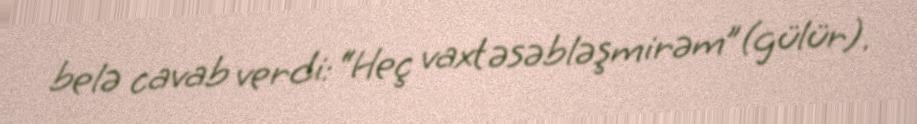
belə cavab verdi: “Heç vaxt əsəbləşmirəm”(gülür).